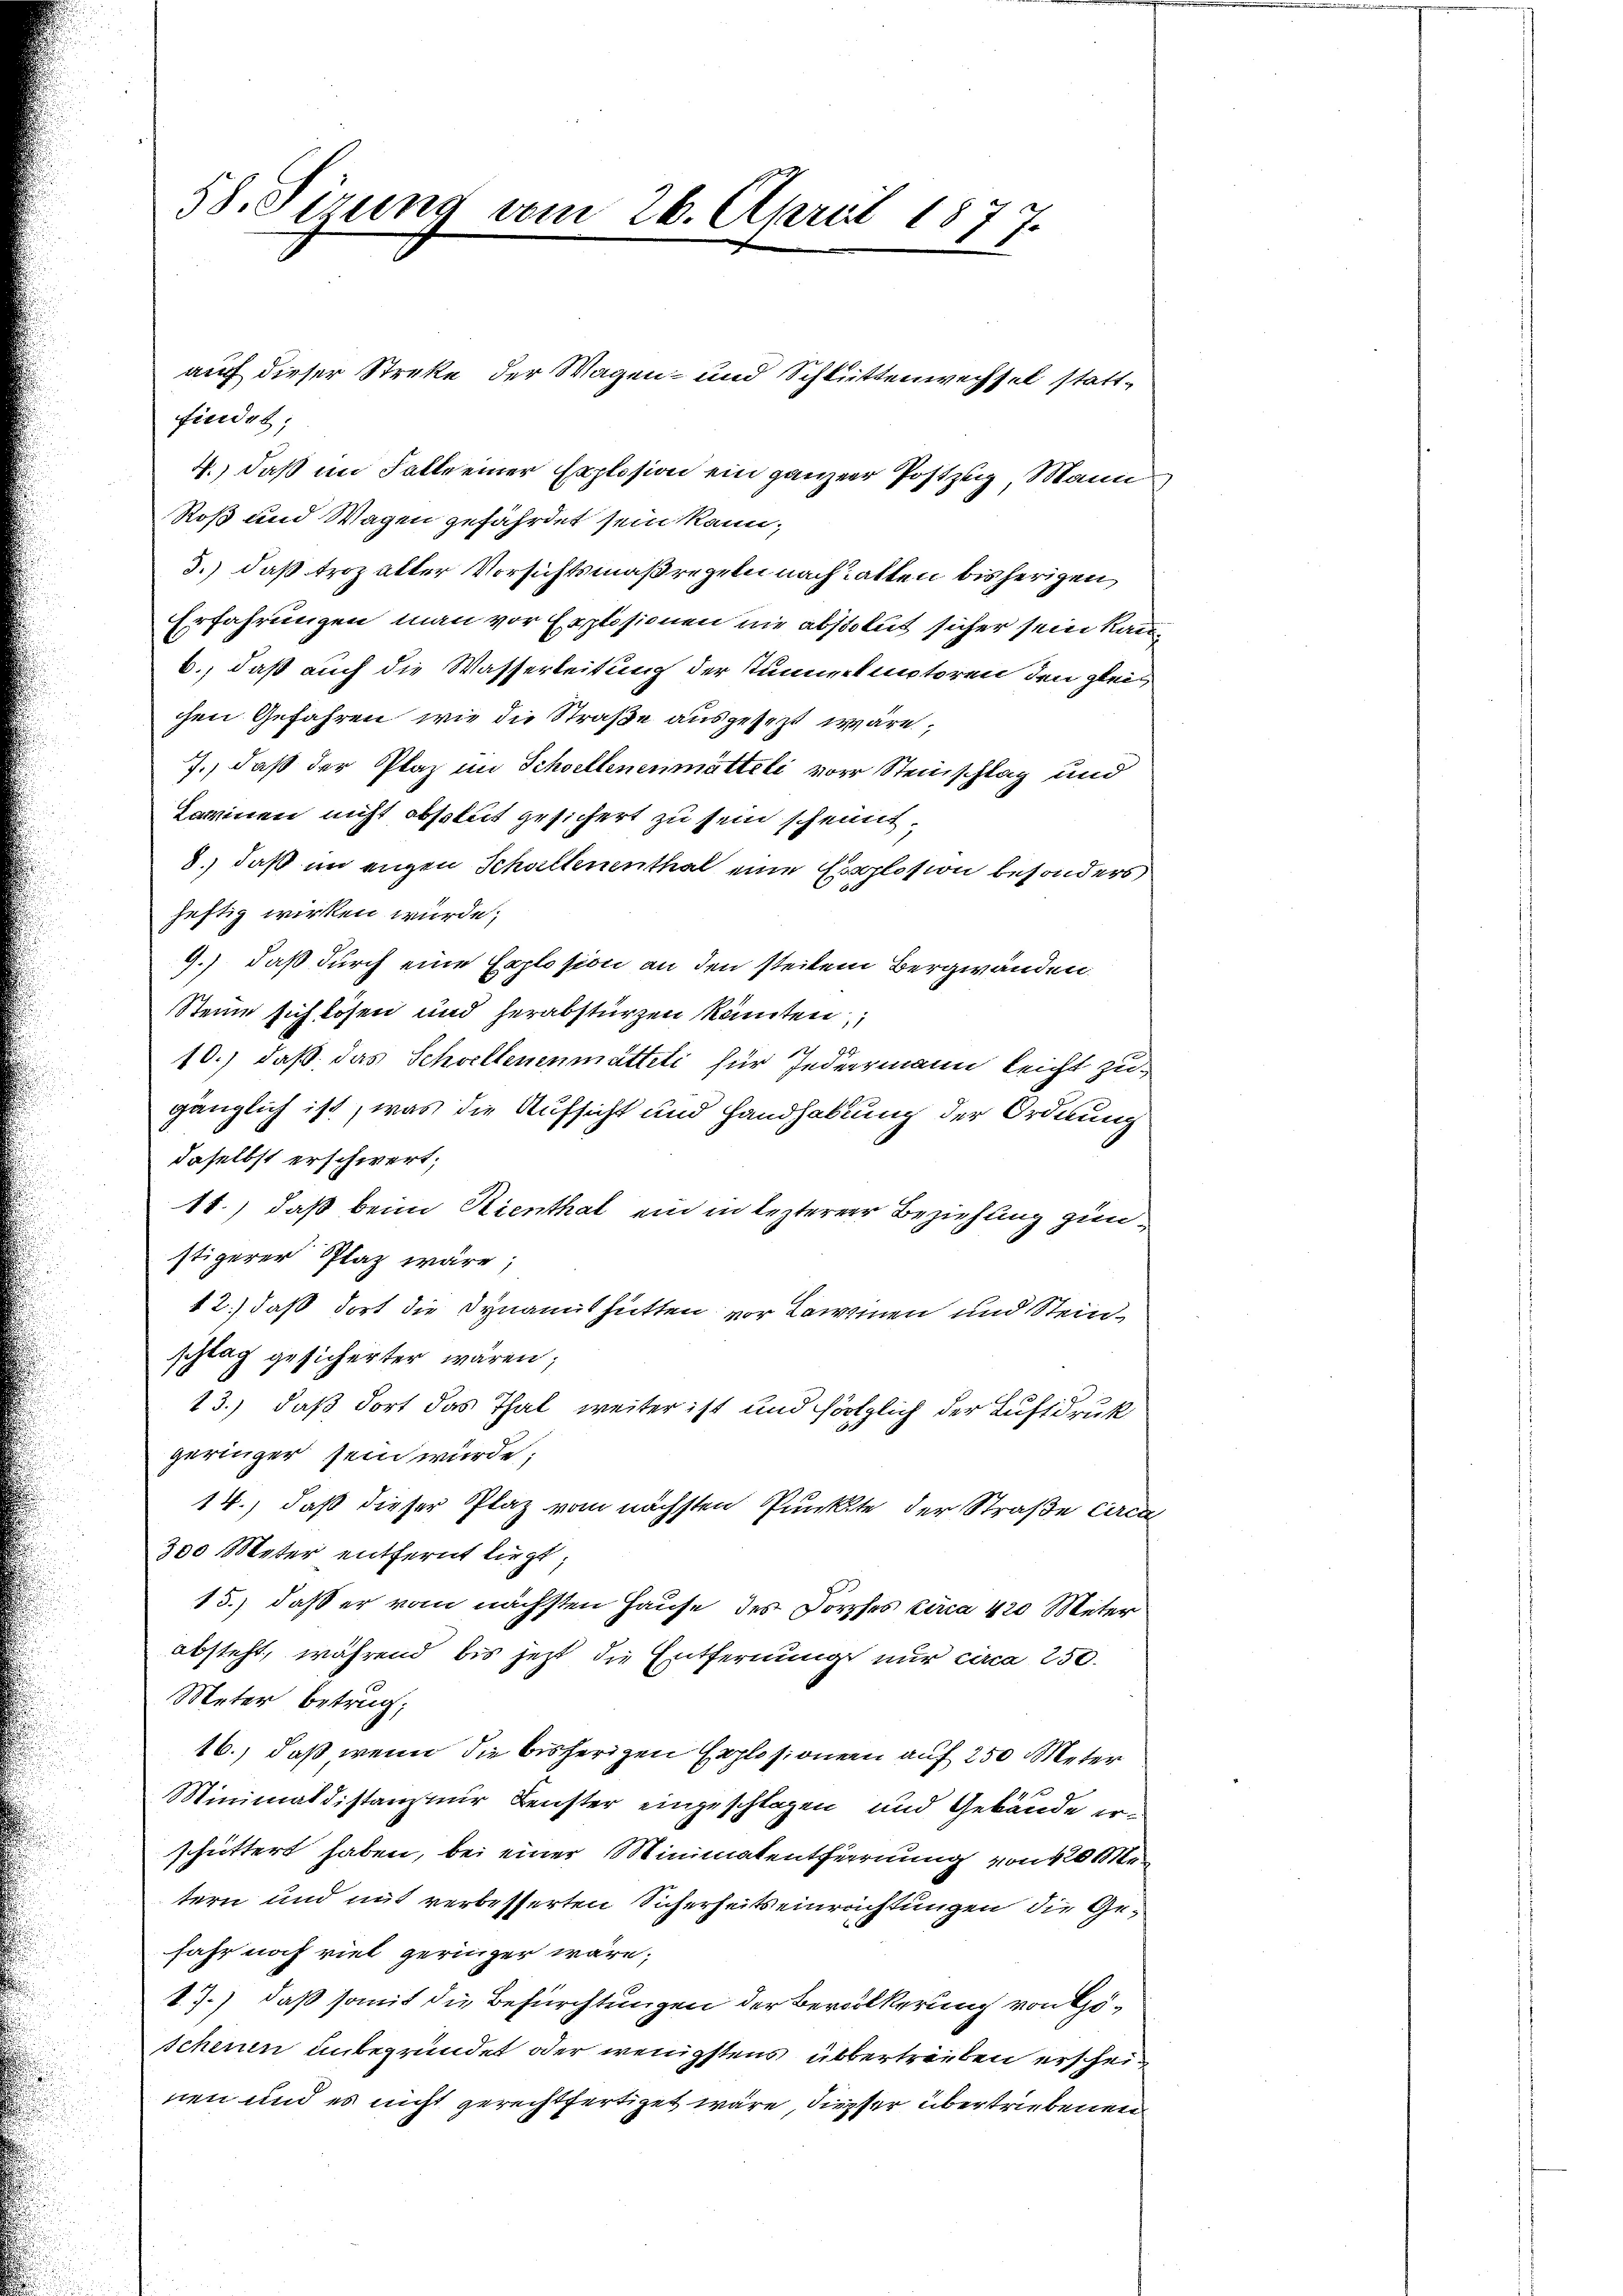
58. Sirung vom 26. April 1877.

findet,
4.) daß im Falle einer Explosion ein ganzer Postzeig, Mann
Roß und Wagen gefährdet sein kann;
3.) daß troz alter Vorsichtsmaßregeln nach hatten bisherigen,
Erfahrungen man vor Explosionen nie absolut sicher sein Kanb., daß auch die Wasserbeitung der Summertentoren den gleichen Gefahren, wie die Straße ausgesezt wäre,
7., daß der Plaz im Schwellenenmatteli vor Steinschlag und
Carmen nicht absolut gesichert zu sein scheint,
8) daß im engen Schaltenenthal eine Erlosion besonders
heftig wirken würde;
9.) daß durch eine Explosion an den steilen Bergwanden.
Steine sich lösen und herabstürzen könnten
10.) daß das Schwellenenmatteli für Jedermann leicht zugänzlich ist, was die Aufsicht und Handhabung der Ordnung
daselbst erschwert;
11.) daß beim Kienthal ein in lezterer Beziehung zunstigerer Plaz wäre;
12.) daß dort die Synamishütten vor kommen und Steinschlag gesicherter wären;
13.) daß dort das Thal weiter ist und hörtzlich der Luftdruk
geringer sein würde;
14.) daß dieser Plaz vom nächsten Punkte der Straße cara
300 Meter entfernt liegt;
15.) daß er vom nächsten Hause des Dorphes circa 420 Meter
absteht, während bis jetzt die Entfernung nur circa 250.
Meter Betrug;
16.) daß wenn die bisherigen Explosionen auf 250 Meter
Minimaldistanz nur Fenster eingeschlagen und Gebäude erschüttert haben, bei einer Minimatentfernung von 120 Me
tern und mit verbesserten Sicherheitseinrichtungen die Gejahr noch viel geringer wäre;
k. J.) daß somit die Befürchtungen der Bevölkerung von Göschenen unbegründet oder wenigstens übertrieben erscheinen und es nicht gerechtfertiget wäre, dieser übertriebenen

auch dieser Streke der Wagen- und Schlüttenwechsel statt¬